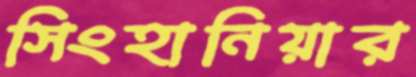
সিংহানিয়ার